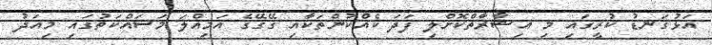
އަޅުގަނޑު ކުރީގައި މި އިޝާރާތްކޮށްލި ފަދަ ކެއްކުންތަކާއި ގޭގޭގެ އަމިއްލަ މަސައްކަތުގައި މިއަދު